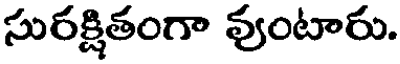
సురక్షితంగా వుంటారు.